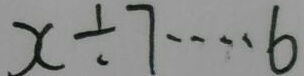
x \div 7 \cdots 6